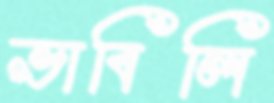
ভাবিলি